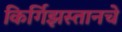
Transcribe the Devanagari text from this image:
किर्गिझस्तानचे